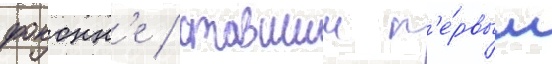
фоконн'е / ставшии п'е́рвым